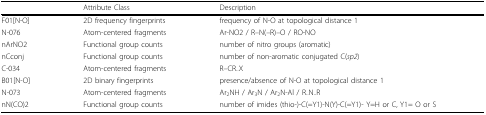
<table><thead><tr><td></td><td><b>Attribute Class</b></td><td><b>Description</b></td></tr></thead><tbody><tr><td>F01[N-O]</td><td>2D frequency fingerprints</td><td>frequency of N-O at topological distance 1</td></tr><tr><td>N-076</td><td>Atom-centered fragments</td><td>Ar-NO2 / R–N(–R)–O / RO-NO</td></tr><tr><td>nArNO2</td><td>Functional group counts</td><td>number of nitro groups (aromatic)</td></tr><tr><td>nCconj</td><td>Functional group counts</td><td>number of non-aromatic conjugated C(<i>sp2</i>)</td></tr><tr><td>C-034</td><td>Atom-centered fragments</td><td>R–CR..X</td></tr><tr><td>B01[N-O]</td><td>2D binary fingerprints</td><td>presence/absence of N-O at topological distance 1</td></tr><tr><td>N-073</td><td>Atom-centered fragments</td><td>Ar<sub>2</sub>NH / Ar<sub>3</sub>N / Ar<sub>2</sub>N-Al / R..N..R</td></tr><tr><td>nN(CO)2</td><td>Functional group counts</td><td>number of imides (thio-)-C(=Y1)-N(Y)-C(=Y1)- Y=H or C, Y1= O or S</td></tr></tbody></table>